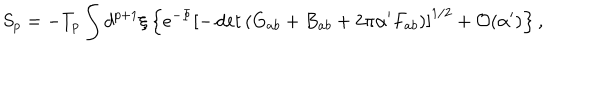
S _ { p } = - T _ { p } \int d ^ { p + 1 } \xi \left\{ e ^ { - \Phi } \left[ - \det \left( G _ { a b } + B _ { a b } + 2 \pi \alpha ^ { \prime } F _ { a b } \right) \right] ^ { 1 / 2 } + { \cal O } ( \alpha ^ { \prime } ) \right\} ,